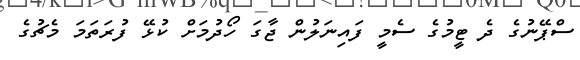
ސްޕޭނުގެ ދެ ޓީމުގެ ސެމީ ފައިނަލުން ޖާގަ ހޯދުމަށް ކުޅޭ ފުރަތަމަ މެޗުގެ